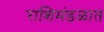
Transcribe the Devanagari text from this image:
राशिमंडळात